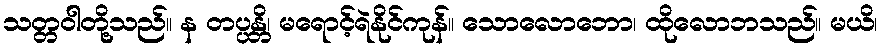
သတ္တဝါတို့သည်။ န တပ္ပန္တိ၊ မရောင့်ရဲနိုင်ကုန်။ သောလောဘော၊ ထိုလောဘသည်။ မယိ၊